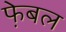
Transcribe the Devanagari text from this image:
फे़बल